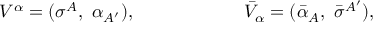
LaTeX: V ^ { \alpha } = ( \sigma ^ { A } , \ \alpha _ { A ^ { \prime } } ) , \qquad \qquad \qquad { \bar { V } } _ { \alpha } = ( { \bar { \alpha } _ { A } } , \ { \bar { \sigma } } ^ { A ^ { \prime } } ) ,